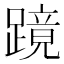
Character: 𬧎